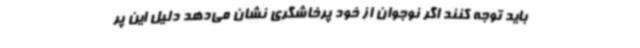
باید توجه کنند اگر نوجوان از خود پرخاشگری نشان می‌دهد دلیل این پر